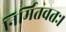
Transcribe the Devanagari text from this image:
निर्मितवतः।